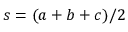
s = ( a + b + c ) / 2